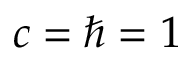
c = \hslash = 1